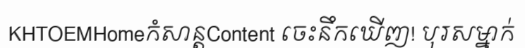
KHTOEMHomeកំសាន្តContent ចេះនឹកឃើញ! បុរសម្នាក់